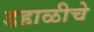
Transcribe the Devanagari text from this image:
डहाळीचे